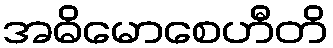
အဓိမောစေဟီတိ